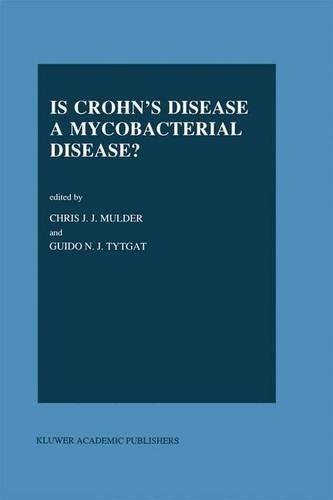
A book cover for Is Crohn's Disease a Mycobacterial Disease? (Developments in Gastroenterology); Medical Books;